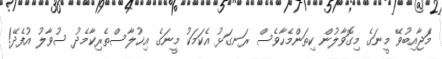
މަެަޖާއިބުވޭ މީނަގެ މިގޮވާލުން ކިތަންމެހާވެސް ރަނގަޅު އެކަމަކު މީނަގެ އިޚުލާސްތެރިކާމެދު ސުވާލު އުފެދޭ!